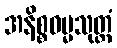
အနိစ္စဓမ္မသုတ္တံ